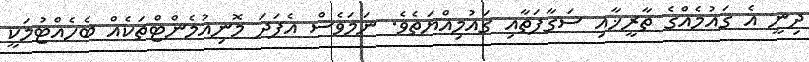
ދިނީ އެ ގައުމެއްގެ ތާރީޚާއި ސަގާފަތާއި ގައުމިއްޔަތެވެ. ނަމަވެސް އެފަދަ މޮނިއުމެންޓްތަކެއް ބެހެއްޓުމަކީ